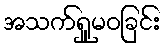
အသက်ရှူမဝခြင်း